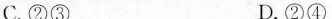
C②3 D.②④